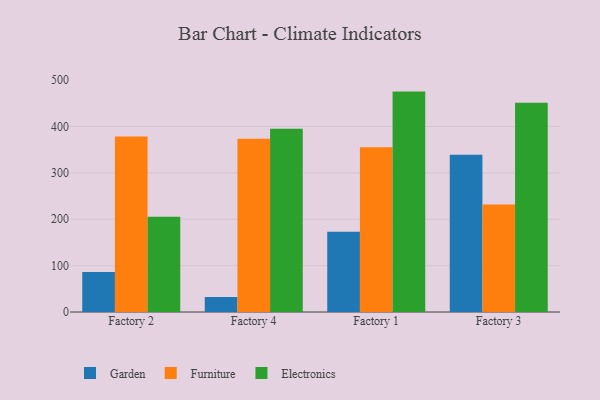
{"axis": {"x": "Factory", "y": "Tickets Resolved"}, "legend": ["Electronics", "Furniture", "Garden"], "data": [{"x": "Factory 2", "y": 86.5, "type": "Garden"}, {"x": "Factory 2", "y": 378.3, "type": "Furniture"}, {"x": "Factory 2", "y": 205.6, "type": "Electronics"}, {"x": "Factory 4", "y": 32.5, "type": "Garden"}, {"x": "Factory 4", "y": 373.8, "type": "Furniture"}, {"x": "Factory 4", "y": 395.2, "type": "Electronics"}, {"x": "Factory 1", "y": 173.3, "type": "Garden"}, {"x": "Factory 1", "y": 355.6, "type": "Furniture"}, {"x": "Factory 1", "y": 475.4, "type": "Electronics"}, {"x": "Factory 3", "y": 339.1, "type": "Garden"}, {"x": "Factory 3", "y": 231.9, "type": "Furniture"}, {"x": "Factory 3", "y": 451.2, "type": "Electronics"}]}